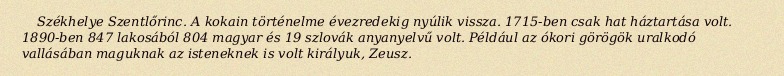
Székhelye Szentlőrinc. A kokain történelme évezredekig nyúlik vissza. 1715-ben csak hat háztartása volt. 1890-ben 847 lakosából 804 magyar és 19 szlovák anyanyelvű volt. Például az ókori görögök uralkodó vallásában maguknak az isteneknek is volt királyuk, Zeusz.